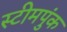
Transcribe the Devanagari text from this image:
स्टीमपुंक